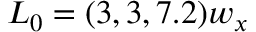
L _ { 0 } = ( 3 , 3 , 7 . 2 ) w _ { x }